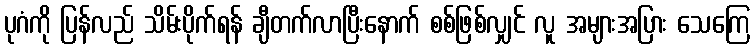
ပုဂံကို ပြန်လည် သိမ်းပိုက်ရန် ချီတက်လာပြီးနောက် စစ်ဖြစ်လျှင် လူ အများအပြား သေကြေ